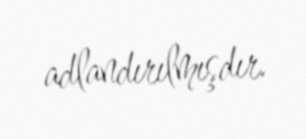
adlandırılmışdır.